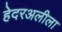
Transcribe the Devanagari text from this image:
हेदरअलीला